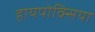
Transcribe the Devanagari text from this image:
हायपोक्सिया